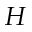
H